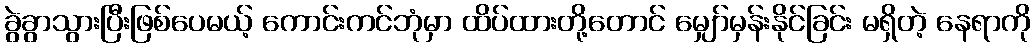
ခွဲခွာသွားပြီးဖြစ်ပေမယ့် ကောင်းကင်ဘုံမှာ ထိပ်ထားတို့တောင် မျှော်မှန်းနိုင်ခြင်း မရှိတဲ့ နေရာကို